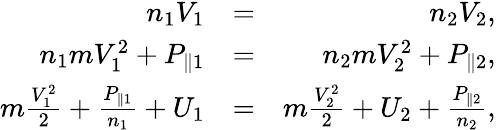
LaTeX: \begin{array}{rlr}{n_{1}V_{1}}&{=}&{n_{2}V_{2},}\\ {n_{1}mV_{1}^{2}+P_{\parallel 1}}&{=}&{n_{2}mV_{2}^{2}+P_{\parallel 2},}\\ {m\frac{V_{1}^{2}}{2}+\frac{P_{\parallel 1}}{n_{1}}+U_{1}}&{=}&{m\frac{V_{2}^{2}}{2}+U_{2}+\frac{P_{\parallel 2}}{n_{2}},}\end{array}